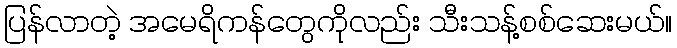
ပြန်လာတဲ့ အမေရိကန်တွေကိုလည်း သီးသန့်စစ်ဆေးမယ်။